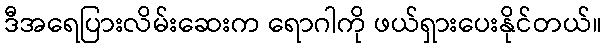
ဒီအရေပြားလိမ်းဆေးက ရောဂါကို ဖယ်ရှားပေးနိုင်တယ်။